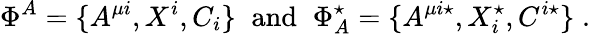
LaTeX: \Phi^{A}=\{ A^{\mu i},X^{i},C_{i}\} \; \; \mathrm{and}\; \; \Phi_{A}^{\star}=\{ A^{\mu i\star},X_{i}^{\star},C^{i\star}\} \; .